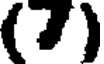
(7)